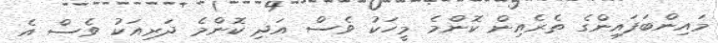
މައިންބަފައިންގެ ތެރެއިން ކޮންމެ މީހަކު ވެސް އަދި ކޮންމެ ދަރިއަކު ވެސް އެ